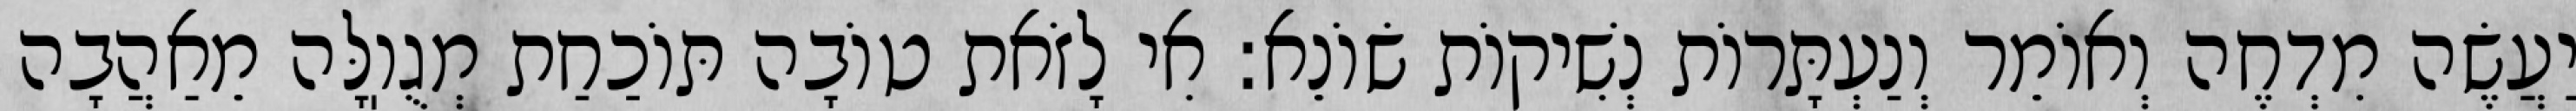
יַעֲשֶׂה מִדְחֶה וְאוֹמֵר וְנַעְתָּרוֹת נְשִׁיקוֹת שׂוֹנֵא: אִי לָזֹאת טוֹבָה תּוֹכַחַת מְגֻוֽלָּה מֵאַהֲבָה